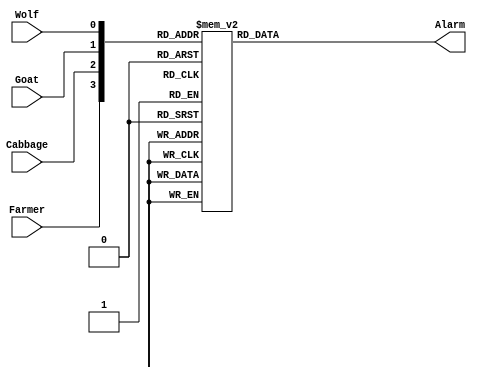
module lab4step1 (Alarm, Farmer, Cabbage, Goat, Wolf);
	input Farmer, Cabbage, Goat, Wolf;
	output Alarm; 
	reg Alarm;
	
	always @(Farmer, Cabbage, Goat, Wolf)
	begin
		case ({Farmer, Cabbage, Goat, Wolf})
			
			4'b0000: Alarm= 'b0;
			4'b0001: Alarm= 'b0;
			4'b0010: Alarm= 'b0;
			4'b0011: Alarm= 'b1;
			4'b0100: Alarm= 'b0;
			4'b0101: Alarm= 'b0;
			4'b0110: Alarm= 'b1;
			4'b0111: Alarm= 'b1;
			4'b1000: Alarm= 'b1;
			4'b1001: Alarm= 'b1;
			4'b1010: Alarm= 'b0;
			4'b1011: Alarm= 'b0;
			4'b1100: Alarm= 'b1;
			4'b1101: Alarm= 'b0;
			4'b1110: Alarm= 'b0;
			4'b1111: Alarm= 'b0;
		
		endcase
	end
	
	
endmodule